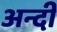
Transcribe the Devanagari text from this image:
अन्दी